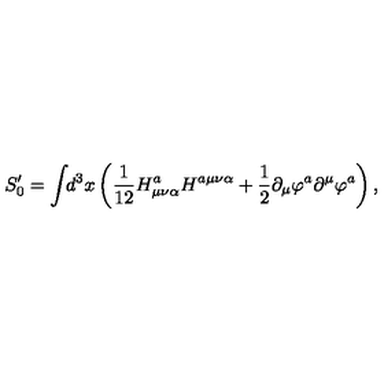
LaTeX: S _ { 0 } ^ { \prime } = \int \! \! d ^ { 3 } x \left( \frac 1 { 1 2 } H _ { \mu \nu \alpha } ^ { a } H ^ { a \mu \nu \alpha } + \frac 1 2 \partial _ { \mu } \varphi ^ { a } \partial ^ { \mu } \varphi ^ { a } \right) ,